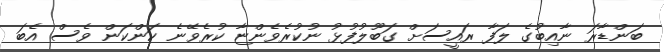
ބަންޑާރަ ނާއިބުގެ ލަފާ ރައީސަށް ގަބޫލުފުޅު ނުކުރެވެންޏާ ކުރެވޭނެ ކަންކަން ވެސް އެބަ